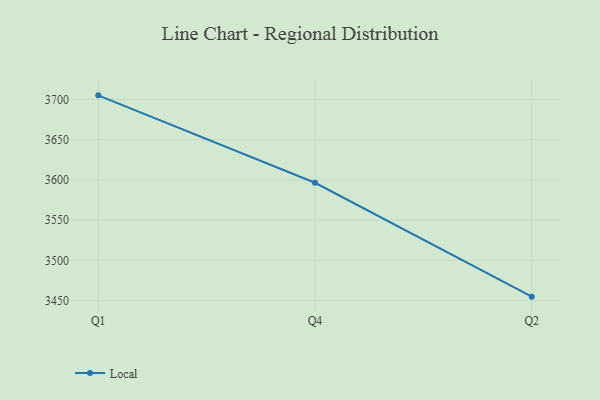
{"axis": {"x": "Quarter", "y": "Temperature (°C)"}, "legend": ["Local"], "data": [{"x": "Q1", "y": 3704.9, "type": "Local"}, {"x": "Q4", "y": 3596.4, "type": "Local"}, {"x": "Q2", "y": 3455.1, "type": "Local"}]}